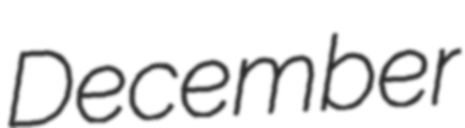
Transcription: December